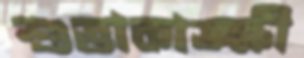
শুভাকাঙ্ক্ষী